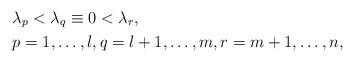
\begin{align*}&\lambda_p < \lambda_q \equiv 0 < \lambda_r, \\& p = 1, \dots, l, q = l+1, \dots, m, r = m+1, \dots, n,\end{align*}